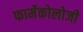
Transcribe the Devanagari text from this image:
फार्मेकोलोजी